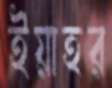
ইয়াহর